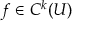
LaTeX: f \in C ^ { k } ( U )